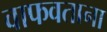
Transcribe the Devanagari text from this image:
वाफवताना